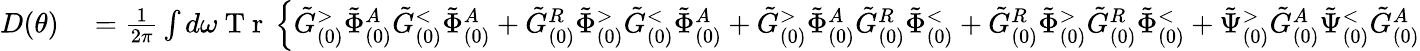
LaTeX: \begin{array}{rl}{D(\theta)}&{{}=\frac{1}{2\pi}\int d\omega\mathrm{~T~r~}\left\{ \tilde{G}_{(0)}^{>}\tilde{\Phi}_{(0)}^{A}\tilde{G}_{(0)}^{<}\tilde{\Phi}_{(0)}^{A}+\tilde{G}_{(0)}^{R}\tilde{\Phi}_{(0)}^{>}\tilde{G}_{(0)}^{<}\tilde{\Phi}_{(0)}^{A}\right.+\tilde{G}_{(0)}^{>}\tilde{\Phi}_{(0)}^{A}\tilde{G}_{(0)}^{R}\tilde{\Phi}_{(0)}^{<}+\tilde{G}_{(0)}^{R}\tilde{\Phi}_{(0)}^{>}\tilde{G}_{(0)}^{R}\tilde{\Phi}_{(0)}^{<}+\tilde{\Psi}_{(0)}^{>}\tilde{G}_{(0)}^{A}\tilde{\Psi}_{(0)}^{<}\tilde{G}_{(0)}^{A}}\end{array}